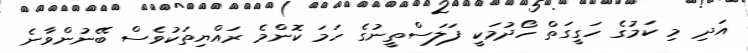
އަދި މި ކަމުގެ ހަގީގަތް ހޯދުމަކީ ފަލަސްތީނުގެ ހަމަ ކޮންމެ ރައްޔިތަކުވެސް ބޭނުންވާނެ